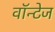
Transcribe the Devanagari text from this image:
वॉन्टेज